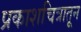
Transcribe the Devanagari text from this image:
प्रकाशचित्रातून